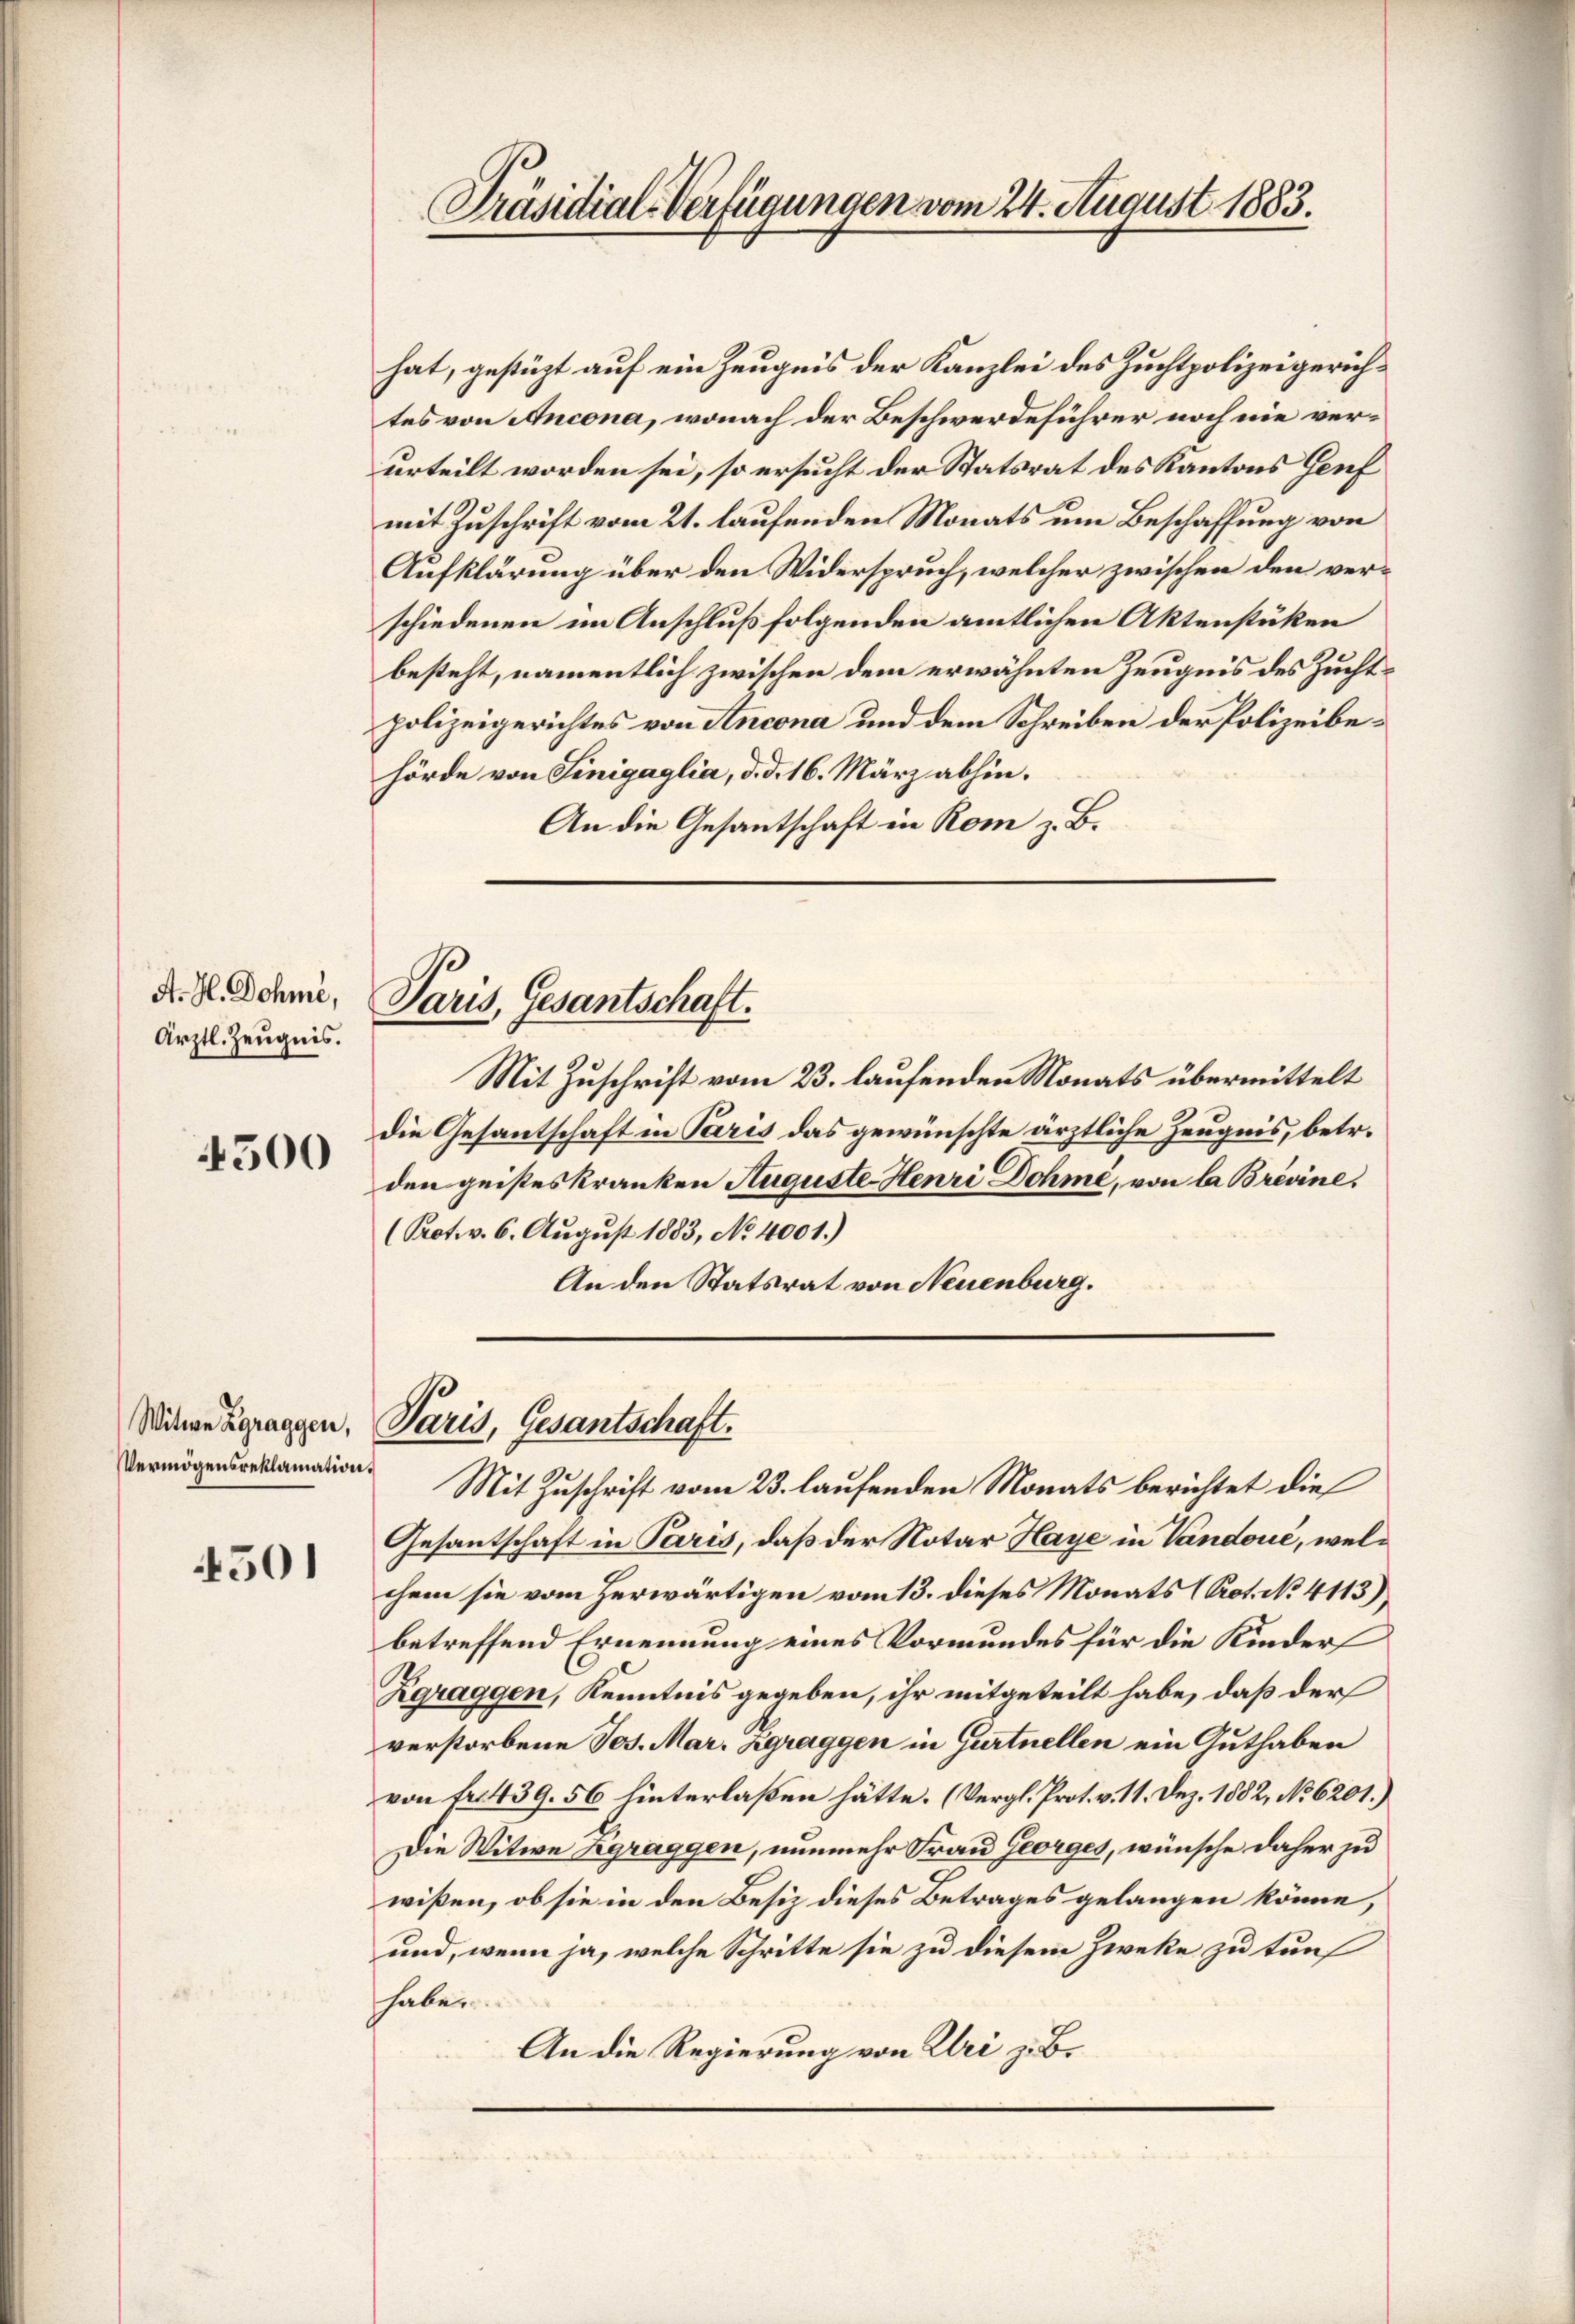
A. H. Dohne,
ärztl. Zeugnis.

4500

501

hat, gestüzt auf ein Zeugnis der Kanzlei des Zuchtpolizeigerichtes von Ancona, wonach der Beschwerdeführer noch nie verurteilt worden sei, so ersucht der Statsrat des Kantons Genf
mit Zuschrift vom 21. laufenden Monats um Beschaffung von
Aufklärung über den Widerspruch, welcher zwischen den verschiedenen im Anschluß folgenden amtlichen Aktenstüken
besteht, namentlich zwischen dem erwähnten Zeugnis des Zuchtpolizeigerichtes von Ancona und dem Schreiben der Polizeibehörde von Sinigaglia, d. d. 16. März abhin.
An die Gesantschaft in Rom z. B.

Witwe Zgraggen,
Vermögensreklamation.

Präsidial-Verfügungen vom 24. August 1883.

Paris, Gesantschaft.

Mit Zuschrift vom 23. laufenden Monats übermittelt
die Gesandtschaft in Paris das gewünschte ärztliche Zeugnis, betr.
den geistes kranken Auguste Henri Dohmé, von la Brevine.
(Prot. v. 6. August 1883, No 4001.)
An den Statsrat von Neuenburg.

Paris, Gesantschaft.

Mit Zuschrift vom 23. laufenden Monats berichtet die
Gesantschaft in Paris, daß der Notar Haye in Vandoué, welchem sie vom herwärtigen vom 13. dieses Monats (Rot. No. 4113)
betreffend Ernennung eines Vormundes für die Kinder
Zgraggen, Kenntnis gegeben, ihr mitgeteilt habe, daß der
verstorbene Jos. Mar. Zgraggen in Gurtnellen ein Guthaben
von fr. 439. 56 hinterlaßen hätte. (Vergl. Prot. v. 11. Dez. 1882, No 6201.)
Die Witwe Zgraggen, nunmehr Frau Georges, wünsche daher zu
wißen, ob sie in den Besiz dieses Betrages gelangen könne,
und, wenn ja, welche Schritte sie zu diesem Zwecke zu tunf
haben.
An die Regierung von Uri z. B.